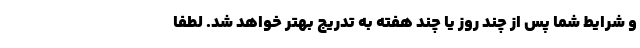
و شرایط شما پس از چند روز یا چند هفته به تدریج بهتر خواهد شد. لطفاً